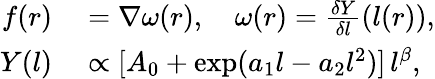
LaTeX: \begin{array}{rl}{f(r)}&{{}=\nabla\omega(r),\quad\omega(r)=\frac{\delta Y}{\delta l}(l(r)),}\\ {Y(l)}&{{}\propto[A_{0}+\exp(a_{1}l-a_{2}l^{2})]\, l^{\beta},}\end{array}